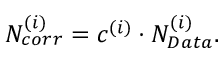
N _ { c o r r } ^ { ( i ) } = c ^ { ( i ) } \cdot N _ { D a t a } ^ { ( i ) } .